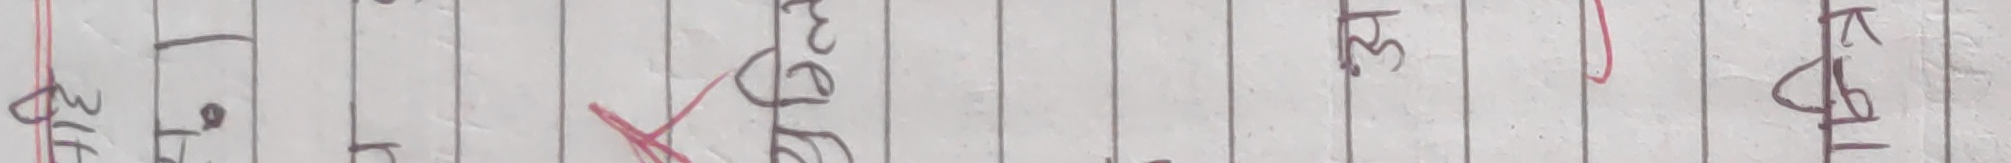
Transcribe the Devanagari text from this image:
बुनु कापी संग माई रातो कला